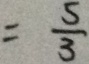
= \frac { 5 } { 3 }